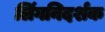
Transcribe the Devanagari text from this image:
लिंगनिदर्शक